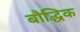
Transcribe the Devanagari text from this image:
बौद्धिक